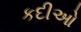
કદીઓ